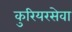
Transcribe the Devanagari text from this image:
कुरियरसेवा